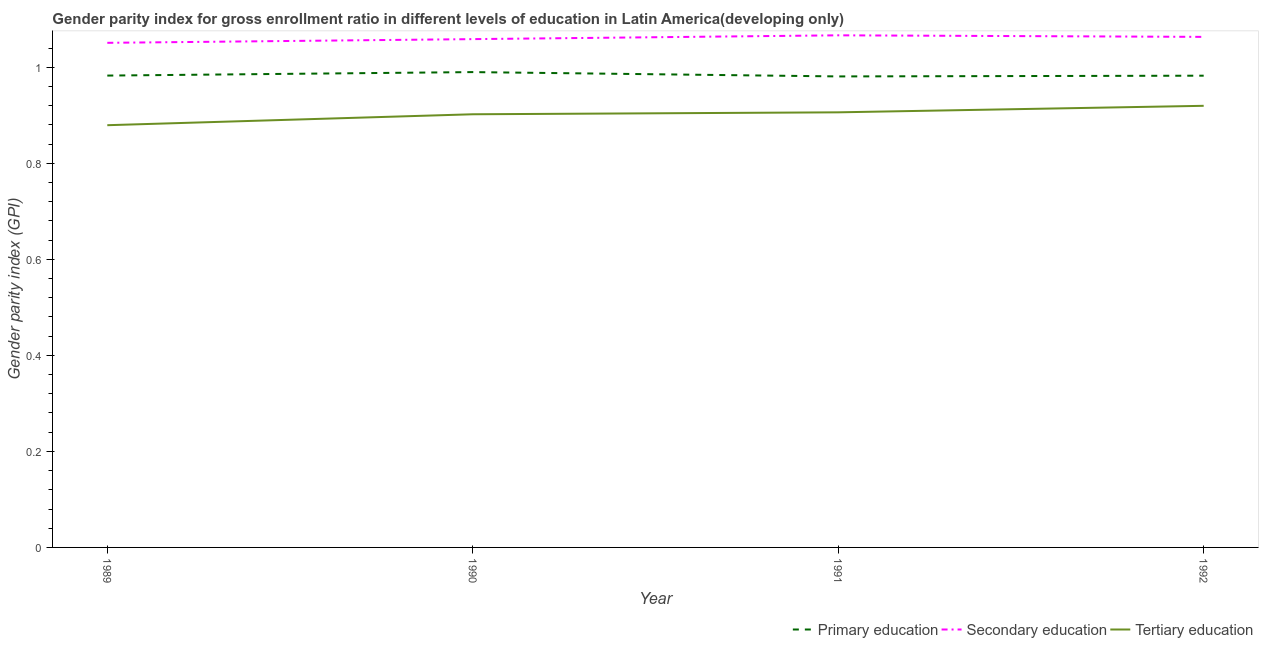
| Year | Primary education | Secondary education | Tertiary education |
 | --- | --- | --- | --- |
 | 1989 | 0.983 | 1.05 | 0.879 |
 | 1990 | 0.99 | 1.06 | 0.902 |
 | 1991 | 0.981 | 1.07 | 0.906 |
 | 1992 | 0.982 | 1.06 | 0.92 |